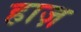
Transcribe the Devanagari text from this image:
हाज़